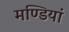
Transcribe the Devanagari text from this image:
मण्डियां